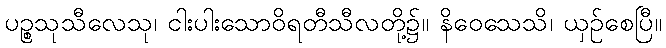
ပဉ္စသုသီလေသု၊ ငါးပါးသောဝိရတီသီလတို့၌။ နိဝေသေသိ၊ ယှဉ်စေပြီ။